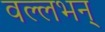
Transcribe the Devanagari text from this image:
वल्लभन्